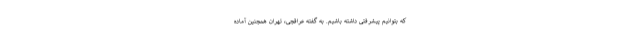
که بتوانیم پیشرفتی داشته باشیم. به گفته عراقچی، تهران همچنین آماده